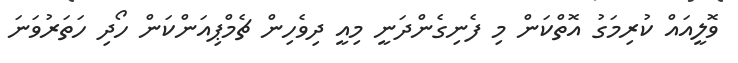
ވޮލީއައް ކުރިމަގު އޮތްކަން މި ފެނިގެންދަނީ މިއީ ދިވެހިން ޗެމްޕިއަންކަން ހޯދި ހަތަރުވަނަ